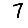
Digit: 7